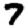
Digit: 7